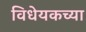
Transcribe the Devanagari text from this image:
विधेयकच्या